Veski_algkool, lk 30
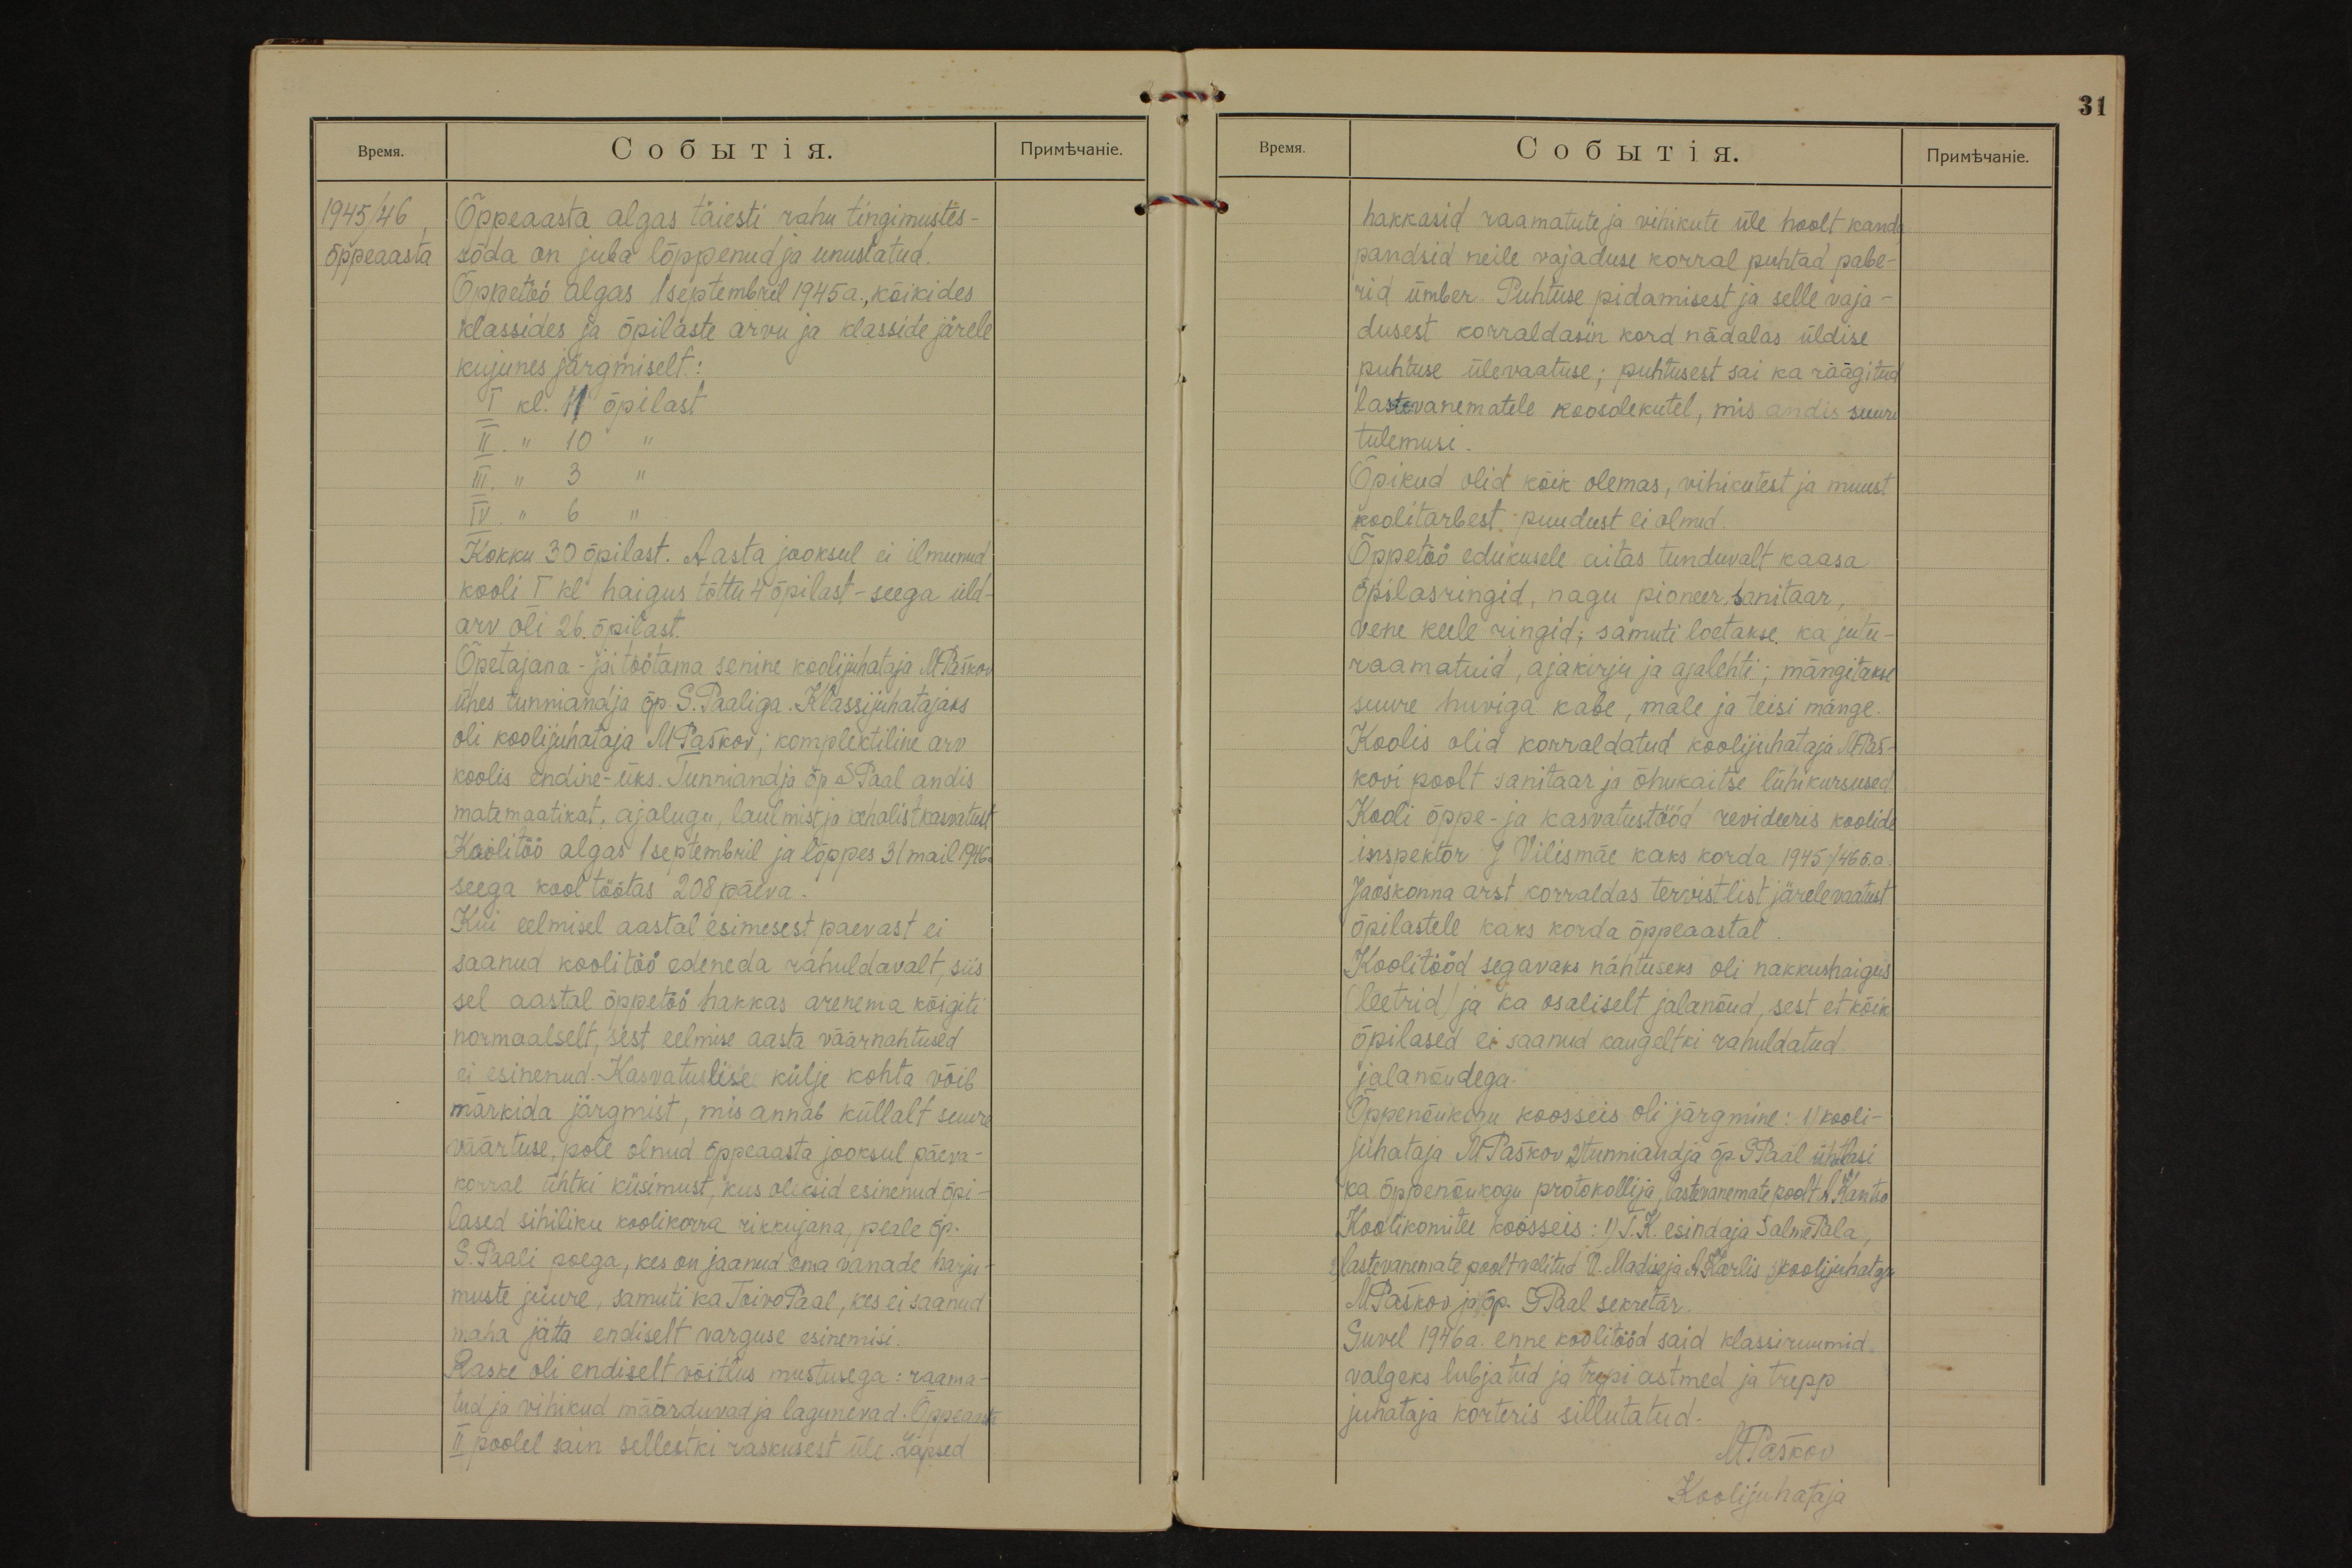
1945/46
õppeaasta
Õppeaasta algas täiesti rahu tingimustes -
sõda on juba lõppenud ja unustatud.
Õppetöö algas 1 septembril 1945a., kõikides
klassides ja õpilaste arvu ja klasside järele
kujunes järgmiselt:
I kl. 11 õpilast
II. " 10 "
III. " 3 "
IV. " 6 "
Kokku 30 õpilast. Aasta jooksul ei ilmunud
kooli I kl haigus tõttu 4 õpilast - seega üld-
arv oli 26 õpilast.
Õpetajana - jäi töötama senine koolijuhataja MPaškov
ühes tunniandja õp. S. Paaliga. Klassijuhatajaks
oli koolijuhataja MPaškov; komplektiline arv
koolis endine - üks. Tunniandja õp SPaal andis
matemaatikat, ajalugu, laulmist ja kehalist kasvatust.
Koolitöö algas 1 septembril ja lõppes 31 mail 1946a
seega kool töötas 208 päeva.
Kui eelmisel aastal esimesest paevast ei
saanud koolitöö edeneda rahuldavalt, siis
sel aastal õppetöö hakkas arenema kõigiti
normaalselt, sest eelmise aasta väärnahtused
ei esinenud. Kasvatuslise külje kohta võib
märkida järgmist, mis annab küllalt suure
väärtuse, pole olnud õppeaasta jooksul päeva-
korral ühtki küsimust, kus oleksid esinenud õpi-
lased sihiliku koolikorra rikkujana, peale õp.
S. Paali poega, kes on jaanud oma vanade harju-
muste juure, samuti ka Toivo Paal, kes ei saanud
maha jätta endiselt varguse esinemisi.
Raske oli endiselt võitlus mustusega: raama-
tud ja vihikud määrduvad ja lagunevad. Õppeaasta
II poolel sain sellestki raskusest üle. Lapsed

31
hakkasid raamatute ja vihikute üle hoolt kande,
pandsid neile vajaduse korral puhtad pabe-
rid ümber. Puhtuse pidamisest ja selle vaja-
dusest korraldasin kord nädalas üldise
puhtuse ülevaatuse; puhtusest sai ka räägitud
lastevanematele koosolekutel, mis andis suuri
tulemusi.
Õpikud olid kõik olemas, vihikutest ja muust
koolitarbest puudust ei olnud.
Õppetöö edukusele aitas tunduvalt kaasa
õpilasringid, nagu pioneer, sanitaar,
vene keele ringid; samuti loetakse ka jutu-
raamatuid, ajakirju ja ajalehti; mängitakse
suure huviga kabe, male ja teisi mänge.
Koolis olid korraldatud koolijuhataja MPaš-
kovi poolt sanitaar ja õhukaitse lühikursused.
Kooli õppe- ja kasvatustööd revideeris koolide
inspektor J Vilismäe kaks korda 1945/46 õ.a.
Jaoskonna arst korraldas tervistlist järelevaatust
õpilastele kaks korda õppeaastal.
Koolitööd segavaks nähtuseks oli nakkushaigus
(leetrid) ja ka osaliselt jalanõud, sest et kõik
õpilased ei saanud kaugeltki rahuldatud
jalanõudega.
Õppenõukogu koosseis oli järgmine: 1) kooli-
juhataja MPaškov, 2) tunniandja õp. SPaal ühtlasi
ka õppenõukogu protokollija, lastevanemate poolt AKantso
Koolikomitee koosseis: 1) T. K. esindaja Salme Pala,
2) lastevanemate poolt valitud V. Madise ja AKarlis, 3) koolijuhataja
MPaškov ja õp. SPaal sekretär.
Suvel 1946a. enne koolitööd said klassiruumid
valgeks lubjatud ja trepi astmed ja trepp
juhataja korteris sillutatud.
MPaškov
Koolijuhataja